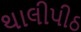
થાલીપીઠ